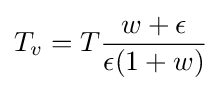
T_{v}=T{\frac {w+\epsilon }{\epsilon (1+w)}}